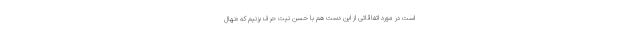
است در مورد اتفاقاتی از این دست هم با حسن نیت حرف بزنیم که «نهال